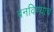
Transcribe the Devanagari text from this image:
बनविण्याच